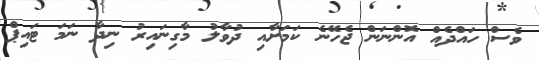
ވެސް ހައްދެއް އޮންނަން ޖެހޭނެ ކަމަށާއި ދުވާލު މާގިނައިރު ނިދާ ނަމަ ޓައިޕް